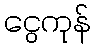
ငွေကုန်